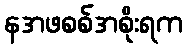
နအဖစစ်အစိုးရက